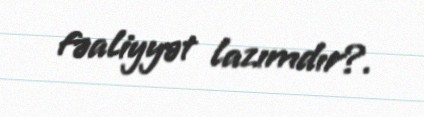
fəaliyyət lazımdır?.